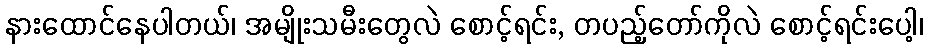
နားထောင်နေပါတယ်၊ အမျိုးသမီးတွေလဲ စောင့်ရင်း, တပည့်တော်ကိုလဲ စောင့်ရင်းပေါ့၊